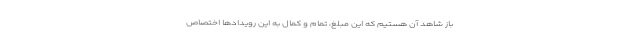
باز شاهد آن هستیم که این مبلغ، تمام و کمال به این رویدادها اختصاص